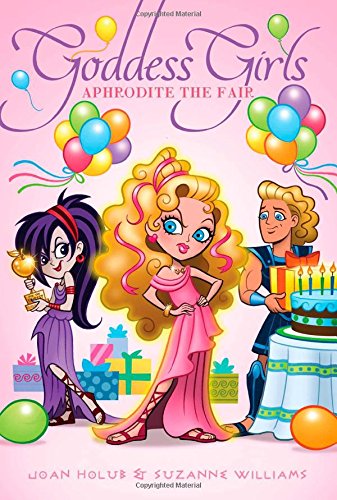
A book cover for Aphrodite the Fair (Goddess Girls); Joan Holub; Children's Books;